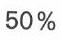
50 %